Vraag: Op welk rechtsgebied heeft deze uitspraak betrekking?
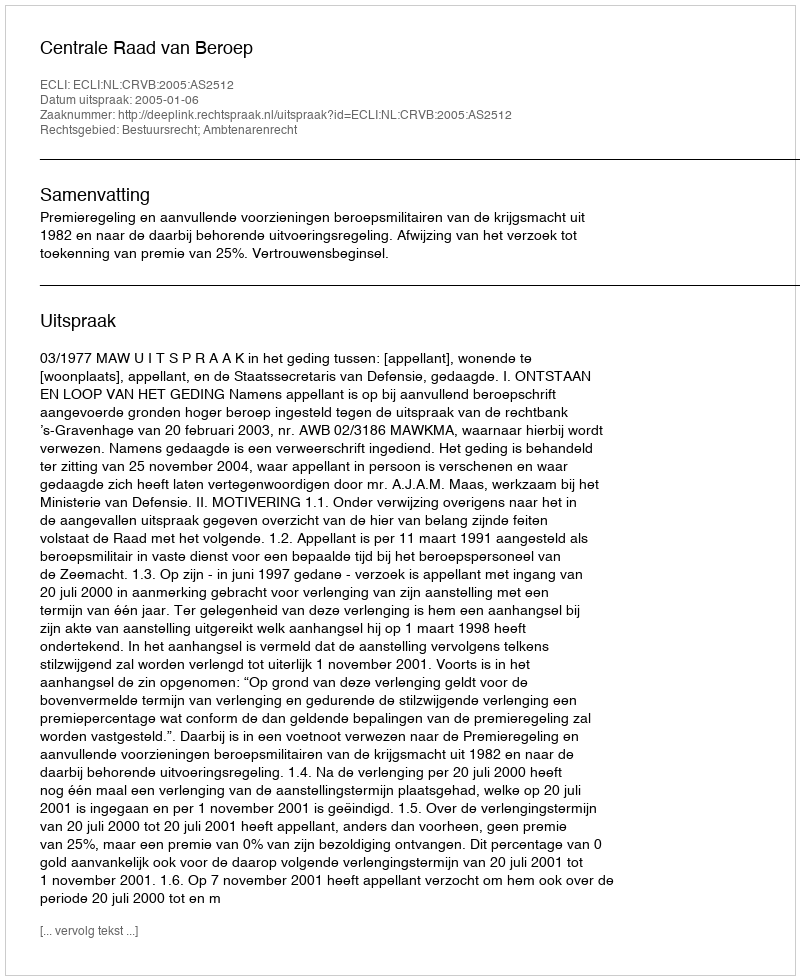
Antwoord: Bestuursrecht; Ambtenarenrecht